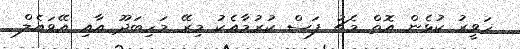
ހަވީރު ކުޅެން އޮތް މެޗު ފަސް ކުރުމާއެކު މިރޭ މަހިބަދޫ އާއި އޭވައެލް